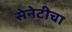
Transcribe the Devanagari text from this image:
सेनेटीचा